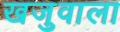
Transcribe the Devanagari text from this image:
खजुवाला